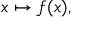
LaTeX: x \mapsto f ( x ) ,